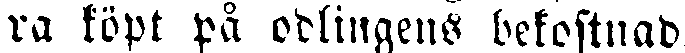
ra köpt på odlingens bekostnad.